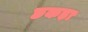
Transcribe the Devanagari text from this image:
छकड़ा